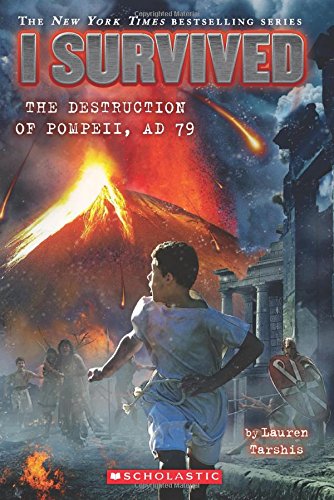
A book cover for I Survived the Destruction of Pompeii, AD 79; Lauren Tarshis; Children's Books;